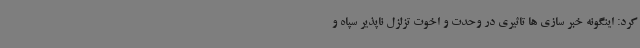
کرد: اینگونه خبر سازی ها تاثیری در وحدت و اخوت تزلزل ناپذیر سپاه و